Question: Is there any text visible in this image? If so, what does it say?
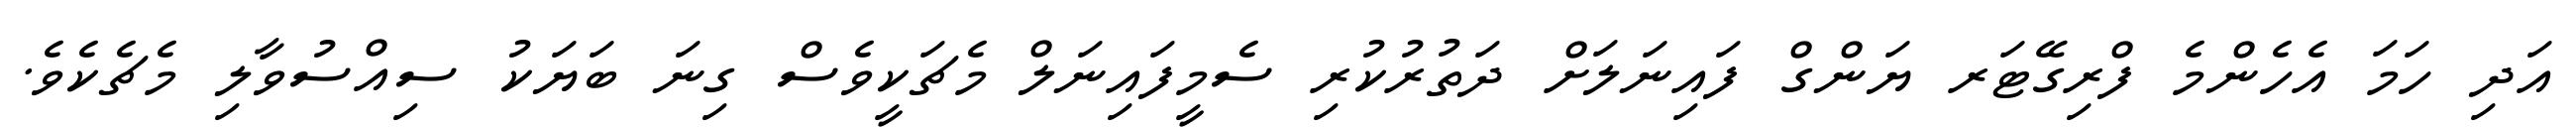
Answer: އަދި ހަމަ އެހެންމެ ފްރިގޭޓަރ ޔަންގް ފައިނަލަށް ދަތުރުކުރި ސެމީފައިނަލް މެޗަކީވެސް ގިނަ ބަޔަކު ސިއްސުވާލި މެޗެކެވެ.